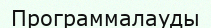
Программалауды